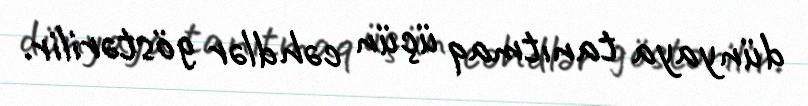
dünyaya tanıtmaq üçün cəhdlər göstərilir.